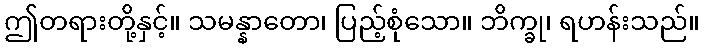
ဤတရားတို့နှင့်။ သမန္နာတော၊ ပြည့်စုံသော။ ဘိက္ခု၊ ရဟန်းသည်။